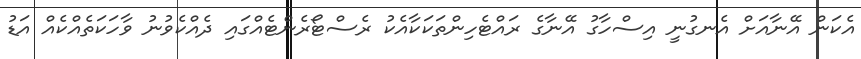
އެކަން އޭނާއަށް އެނގުނީ އިސްހާގު އޭނާގެ ރައްޓެހިންތަކަކާއެކު ރެސްޓޯރެންޓެއްގައި ދެއްކެވުނު ވާހަކަތެއްކެއް އަޑު